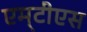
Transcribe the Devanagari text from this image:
एम्‌टीेएस